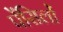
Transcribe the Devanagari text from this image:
पेंसिलों